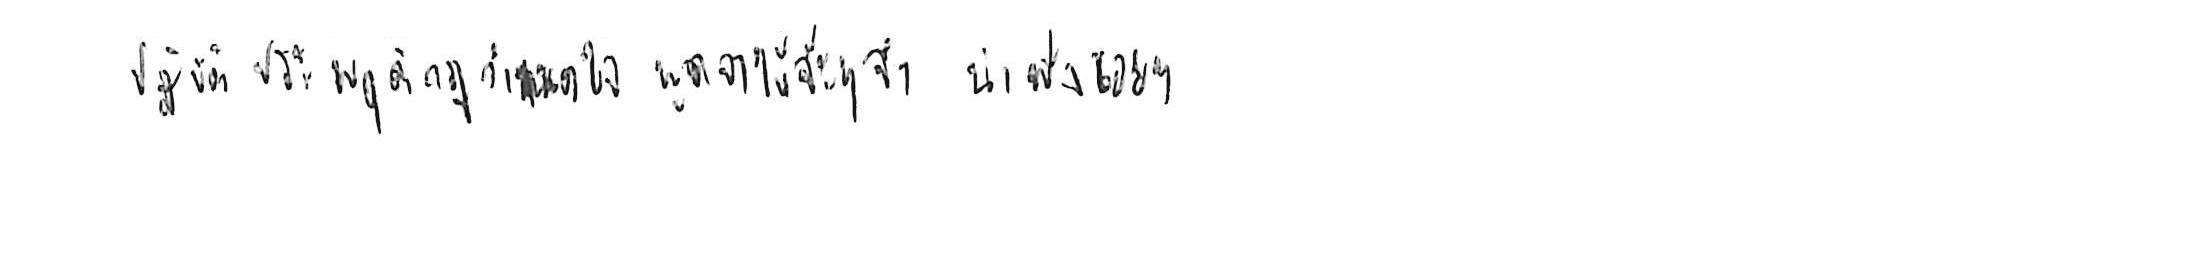
ปฏิบัติประพฤติกฎกำหนดใจ พูดจาให้จ๊ะๆ จ๋า น่าฟังเอยฯ